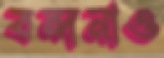
বন্দনাও